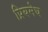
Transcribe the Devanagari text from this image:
प्रियमेघ